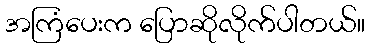
အကြံပေးက ပြောဆိုလိုက်ပါတယ်။